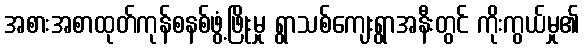
အစားအစာထုတ်ကုန်စနစ်ဖွံ့ဖြိုးမှု ရွာသစ်ကျေးရွာအနီးတွင် ကိုးကွယ်မှု၏